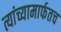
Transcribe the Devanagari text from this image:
त्यांच्यामार्फतच